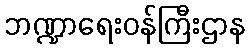
ဘဏ္ဍာရေးဝန်ကြီးဌာန